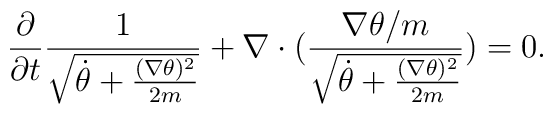
\frac{\partial }{\partial t} \frac{1}{\sqrt{\dot{\theta }+ \frac{(\nabla \theta )^2}{2m}}}  + \nabla \cdot ( \frac{\nabla \theta /m}{\sqrt{\dot{\theta }+ \frac{(\nabla \theta )^2}{2m}}}) = 0.